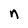
Character: n